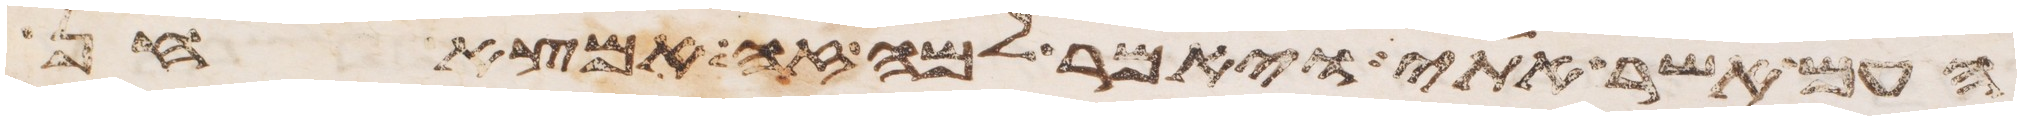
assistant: העם אשר אתי ויאמר למה זה אמצא חן